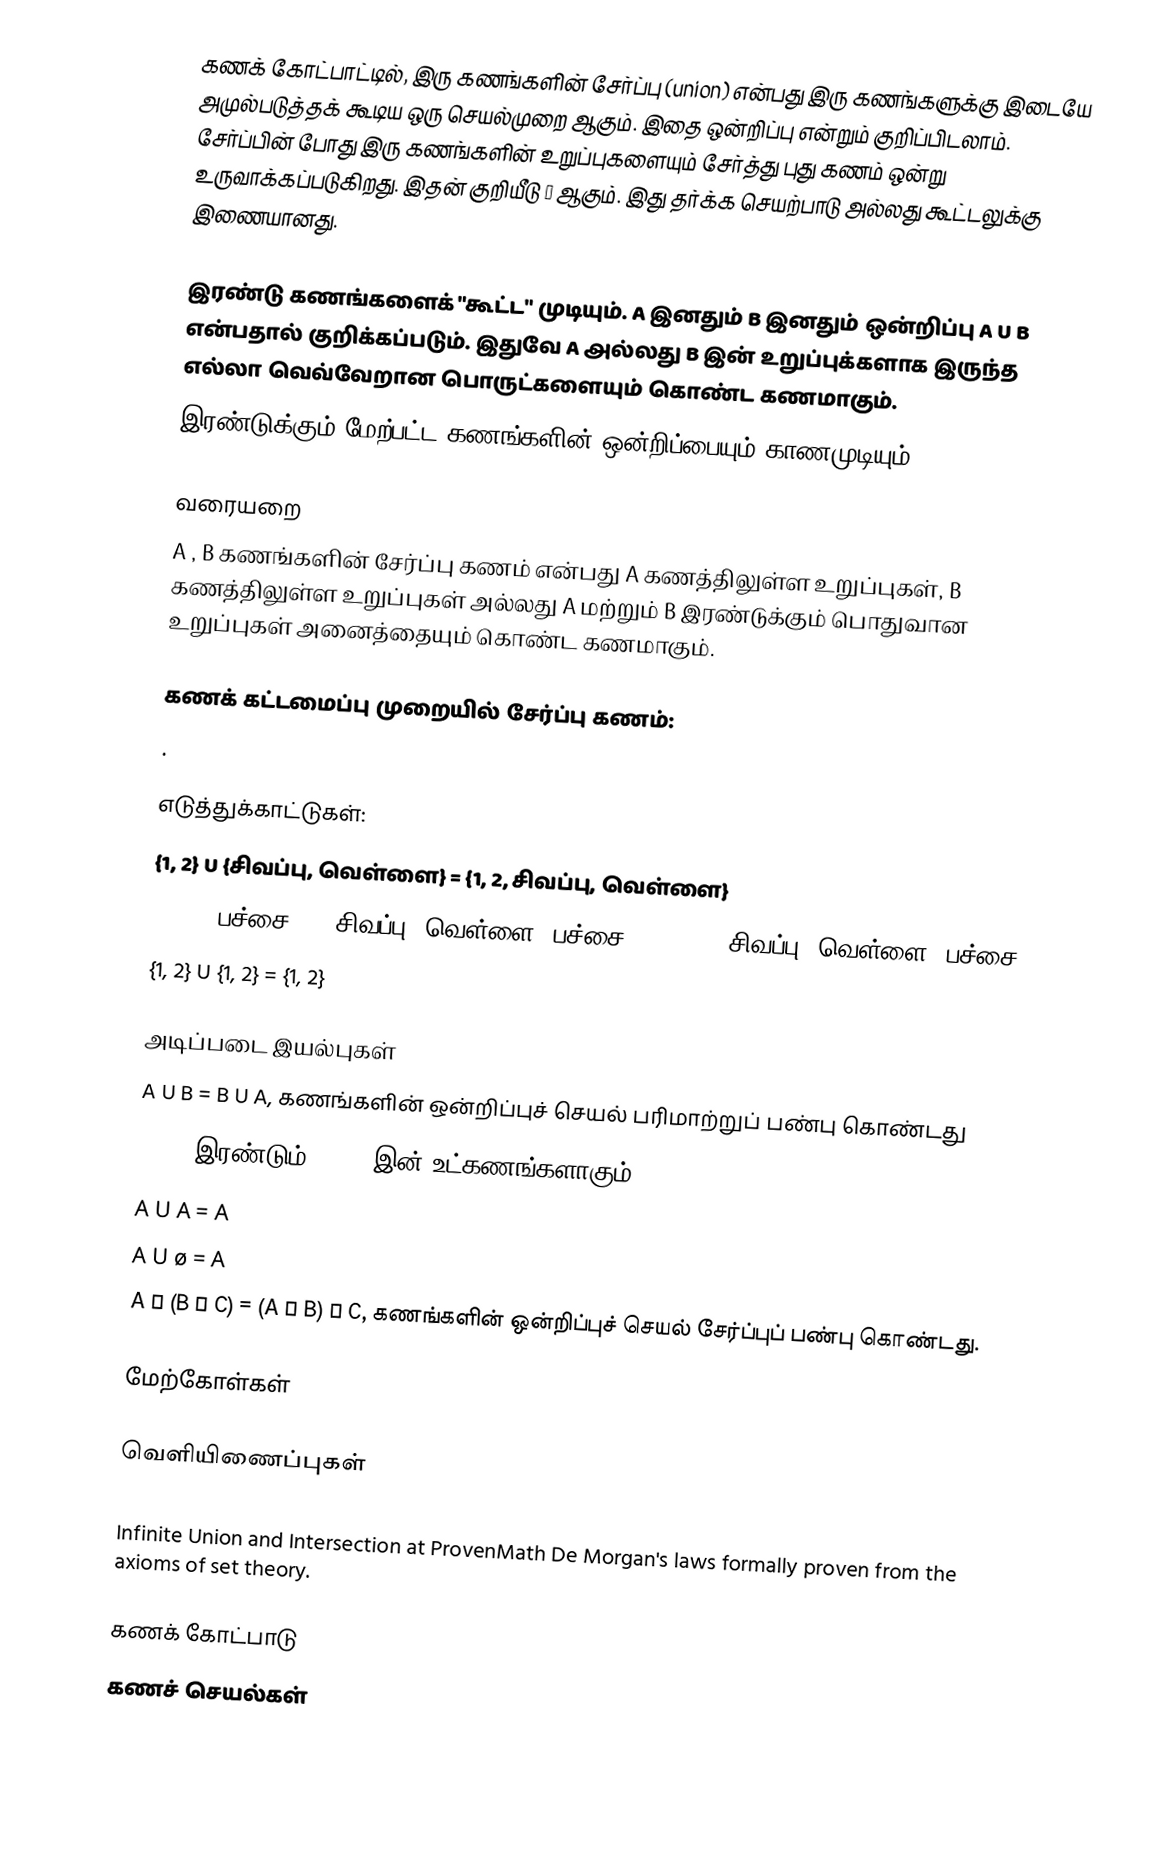
கணக் கோட்பாட்டில், இரு கணங்களின் சேர்ப்பு (union) என்பது இரு கணங்களுக்கு இடையே அமுல்படுத்தக் கூடிய ஒரு செயல்முறை ஆகும்.  இதை ஒன்றிப்பு என்றும் குறிப்பிடலாம். சேர்ப்பின் போது இரு கணங்களின் உறுப்புகளையும் சேர்த்து புது கணம் ஒன்று உருவாக்கப்படுகிறது.  இதன் குறியீடு ∪ ஆகும்.  இது தர்க்க செயற்பாடு அல்லது கூட்டலுக்கு இணையானது.

இரண்டு கணங்களைக் "கூட்ட" முடியும். A இனதும் B இனதும் ஒன்றிப்பு A U B என்பதால் குறிக்கப்படும். இதுவே A அல்லது B இன் உறுப்புக்களாக இருந்த எல்லா வெவ்வேறான பொருட்களையும் கொண்ட கணமாகும்.
இரண்டுக்கும் மேற்பட்ட கணங்களின் ஒன்றிப்பையும் காணமுடியும்.

வரையறை
A , B கணங்களின் சேர்ப்பு கணம் என்பது A கணத்திலுள்ள உறுப்புகள், B கணத்திலுள்ள உறுப்புகள் அல்லது A மற்றும் B இரண்டுக்கும் பொதுவான உறுப்புகள் அனைத்தையும் கொண்ட கணமாகும்.

கணக் கட்டமைப்பு முறையில் சேர்ப்பு கணம்:
.

எடுத்துக்காட்டுகள்:
{1, 2} U {சிவப்பு, வெள்ளை} = {1, 2, சிவப்பு, வெள்ளை}
{1, 2, பச்சை} U {சிவப்பு, வெள்ளை, பச்சை} = {1, 2, சிவப்பு, வெள்ளை, பச்சை}
{1, 2} U {1, 2} = {1, 2}

அடிப்படை இயல்புகள்
A U B   =   B U A, கணங்களின் ஒன்றிப்புச் செயல் பரிமாற்றுப் பண்பு கொண்டது
A   , B   இரண்டும்   A U B இன் உட்கணங்களாகும்.
A U A   =  A
A U ø   =  A
A ∪ (B ∪ C) = (A ∪ B) ∪ C, கணங்களின் ஒன்றிப்புச் செயல் சேர்ப்புப் பண்பு கொண்டது.

மேற்கோள்கள்

வெளியிணைப்புகள்

Infinite Union and Intersection at ProvenMath De Morgan's laws formally proven from the axioms of set theory.

கணக் கோட்பாடு
கணச் செயல்கள்